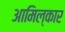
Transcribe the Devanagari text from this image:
आमिल्कार